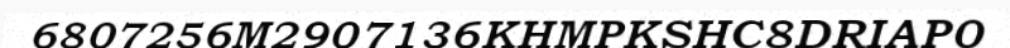
6807256M2907136KHMPKSHC8DRIAP0